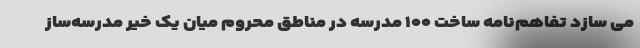
می سازد تفاهم‌نامه ساخت ۱۰۰ مدرسه در مناطق محروم میان یک خیر مدرسه‌ساز